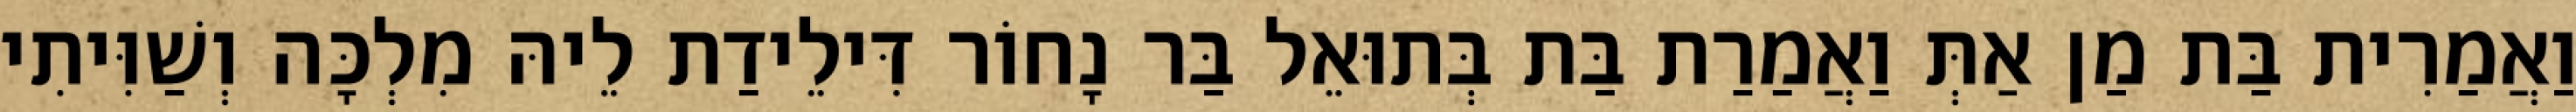
וַאֲמַרִית בַּת מַן אַתְּ וַאֲמַרַת בַּת בְּתוּאֵל בַּר נָחוֹר דִּילֵידַת לֵיהּ מִלְכָּה וְשַׁוִּיתִי